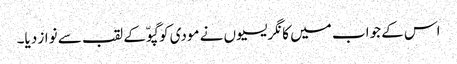
اس کے جواب میں کانگریسیوں نے مودی کو گپوّ کے لقب سے نواز دیا۔